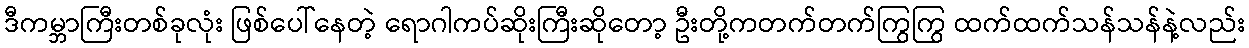
ဒီကမ္ဘာကြီးတစ်ခုလုံး ဖြစ်ပေါ်နေတဲ့ ရောဂါကပ်ဆိုးကြီးဆိုတော့ ဦးတို့ကတက်တက်ကြွကြွ ထက်ထက်သန်သန်နဲ့လည်း